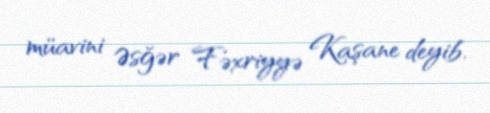
müavini Əsğər Fəxriyyə Kaşane deyib.